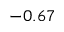
- 0 . 6 7